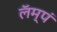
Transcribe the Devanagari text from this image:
लॅम्पं